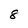
Character: 8